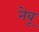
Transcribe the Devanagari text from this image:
नेबू